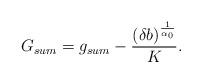
LaTeX: \begin{align*}G_{sum}=g_{sum}- \frac{(\delta b)^{\frac{1}{\alpha_0}}}{K}.\end{align*}